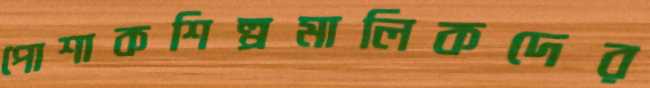
পোশাকশিল্পমালিকদের